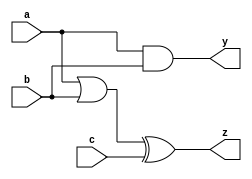
module combinational_logic (
    input wire a,
    input wire b,
    input wire c,
    output reg y,
    output reg z
);

always @ (a, b, c) begin
    // Default values
    y = 1'b0;
    z = 1'b0;

    // Combinational logic assignments
    y = a & b;          // AND operation
    z = (a | b) ^ c;    // XOR operation with OR operation
end

endmodule